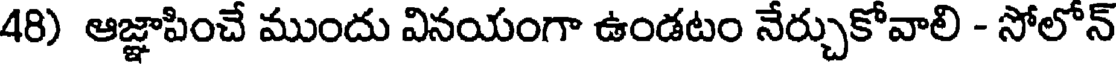
48) ఆజ్ఞాపించే ముందు వినయంగా ఉండటం నేర్చుకోవాలి - సోలోన్